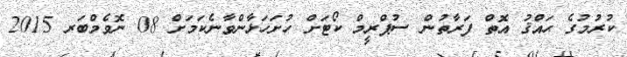
ކުރުމުގެ ޙައްޤު އޮތް ފަރާތުން ސުޕްރީމް ކޯޓަށް ހުށަހަޅާންވާނެކަމަށް 08 ނޮވެމްބަރ 2015